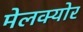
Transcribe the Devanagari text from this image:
मेलक्योर